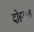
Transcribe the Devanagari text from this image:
दोहराए।